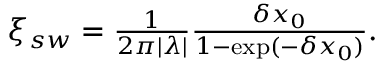
\begin{array} { r } { \xi _ { s w } = \frac { 1 } { 2 \pi | \lambda | } \frac { \delta x _ { 0 } } { 1 - \exp ( - \delta x _ { 0 } ) } . } \end{array}